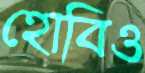
হোবিও